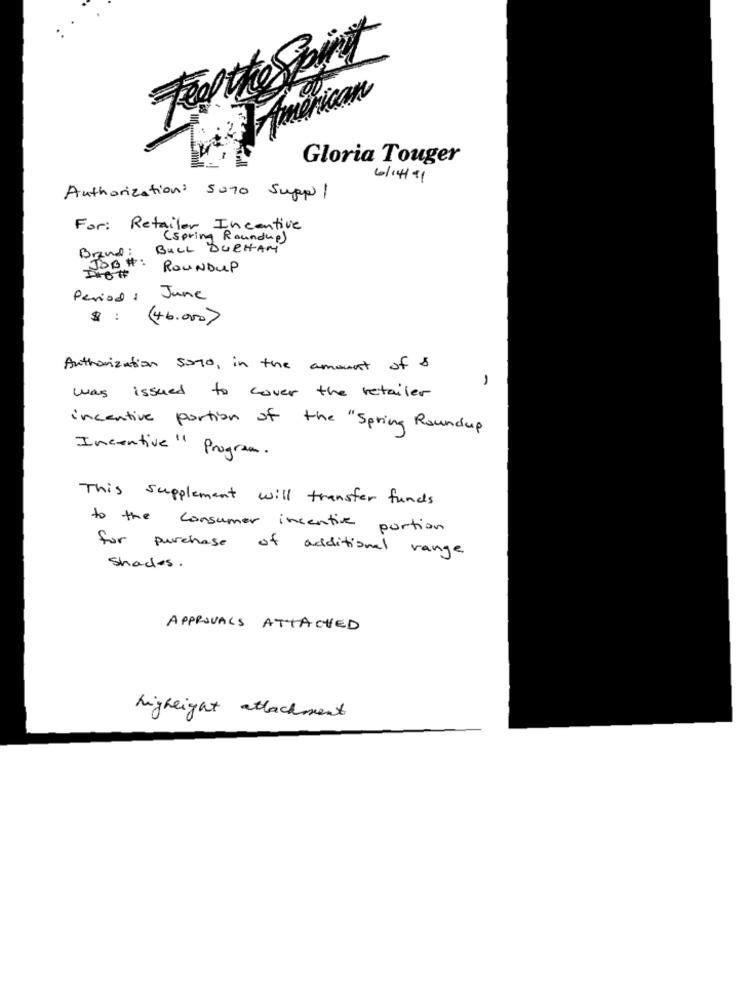
Gloria Touger
6/14/91
Authorization: 5090 Suppl
For: Retailer Incentive
(spring Roundup)
BULL DURHAM
Brand:
JOB#:
ROUNDUP
Period 1
June
$ :
46.000)
Authorization sono, in the amount of 8
1
was issued to cover the retailer
incentive portion of the "Spring Roundup
Incentive" Program.
This supplement will transfer funds
to the consumer incentive
portion
for purchase of additional range
Shades .
APPROVALS ATTACHED
highlight attachment